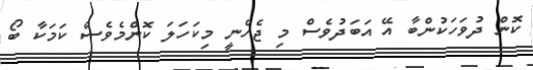
ކޮން ދުވަހަކުންބާ އޭ އަބަދުވެސް މި ޖެހެނީ މިކަހަލަ ކޮންމެވެސް ކަމަކާ ބޯ